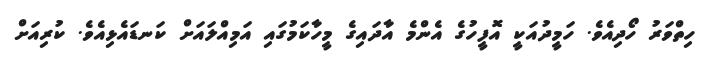
ހިތްވަރު ހޯދިއެވެ. ހަމީދުއަކީ އޮފީހުގެ އެންމެ އާދައިގެ މީހާކަމުގައި އަމިއްލައަށް ކަނޑައެޅިއެވެ. ކުރިއަށް